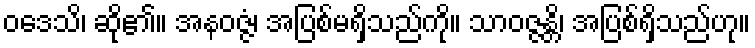
ဝဒေသိ၊ ဆို၏။ အနဝဇ္ဇံ၊ အပြစ်မရှိသည်ကို။ သာဝဇ္ဇန္တိ၊ အပြစ်ရှိသည်ဟု။